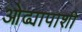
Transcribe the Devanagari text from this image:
ओढ्यापाशी